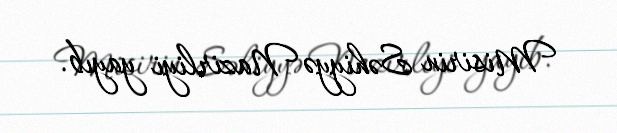
Misirin Səhiyyə Nazirliyi yayıb.